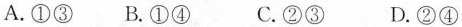
A.①③ B.①④ C.②③ D.②④